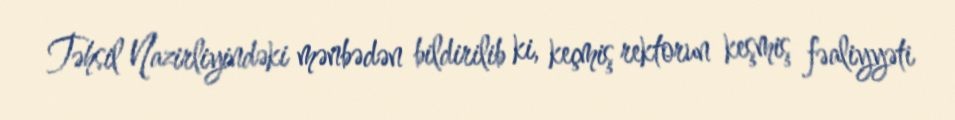
Təhsil Nazirliyindəki mənbədən bildirilib ki, keçmiş rektorun keşmiş fəaliyyəti